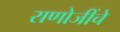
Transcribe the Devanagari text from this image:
राणोजींचे